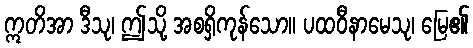
ဣတိအာ ဒီသု၊ ဤသို့ အစရှိကုန်သော။ ပထဝီနာမေသု၊ မြေ၏